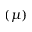
( \mu )